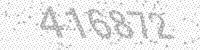
Solution: 416872